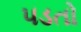
૫ડતો